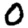
Digit: 0